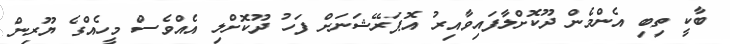
ބާކީ ތިބި އެންމެން ދޫކޮށްލާފައިވާއިރު އޮޕަރޭޝަނަށް ފަހު ދޫކޮށްލި އެއްވެސް މީހެއްގެ ޔޫރިން